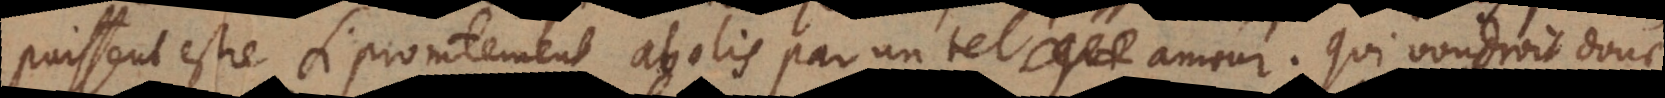
puissent estre si promtement abolis par un tel amour? Qui voudroit donc